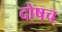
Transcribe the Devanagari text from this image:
दोषच